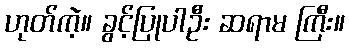
ဟုတ်ကဲ့။ ခွင့်ပြုပါဦး ဆရာမ ကြီး။